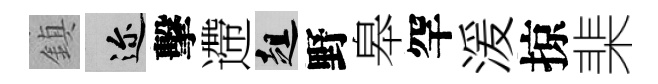
鎮邇擊遰趄野皋罕湲掠棐